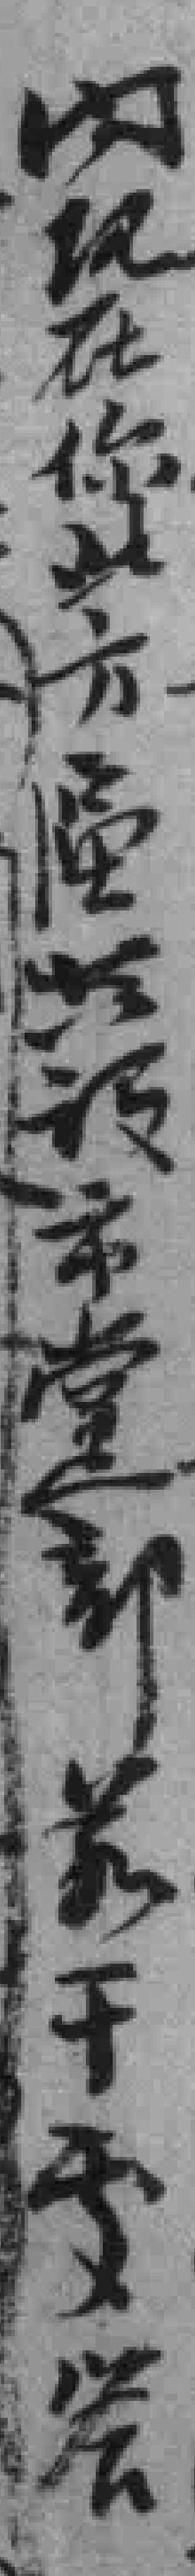
内现在你此方*共设市黨部*干處答